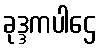
ခုဒ္ဒကပါဌေ